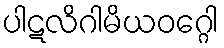
ပါဋလိဂါမိယဝဂ္ဂေါ